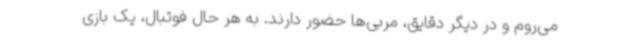
می‌روم و در دیگر دقایق، مربی‌ها حضور دارند. به هر حال فوتبال، یک بازی